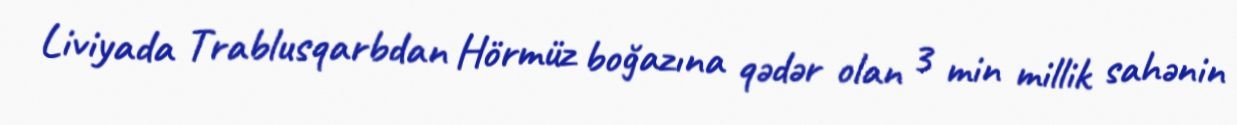
Liviyada Trablusqarbdan Hörmüz boğazına qədər olan 3 min millik sahənin